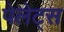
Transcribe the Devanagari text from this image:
पेलेट्स